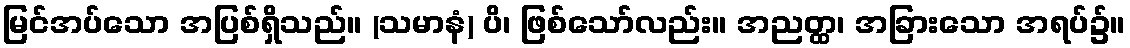
မြင်အပ်သော အပြစ်ရှိသည်။ (သမာနံ) ပိ၊ ဖြစ်သော်လည်း။ အညတ္ထ၊ အခြားသော အရပ်၌။